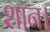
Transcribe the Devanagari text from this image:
शान।